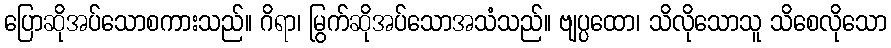
ပြောဆိုအပ်သောစကားသည်။ ဂိရာ၊ မြွက်ဆိုအပ်သောအသံသည်။ ဗျပ္ပထော၊ သိလိုသောသူ သိစေလိုသော